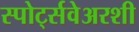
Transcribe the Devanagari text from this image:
स्पोर्ट्सवेअरशी